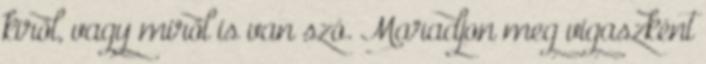
kiről, vagy miről is van szó. Maradjon meg vigaszként